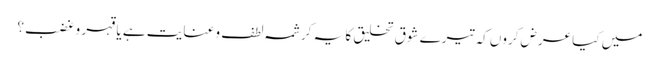
میں کیا عرض کروں کہ تیرے شوق تخلیق کا یہ کرشمہ لطف و عنایت ہے یا قہر و غضب؟